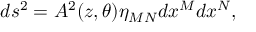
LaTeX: d s ^ { 2 } = A ^ { 2 } ( z , \theta ) \eta _ { M N } d x ^ { M } d x ^ { N } ,